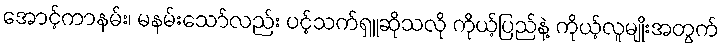
အောင့်ကာနမ်း၊ မနမ်းသော်လည်း ပင့်သက်ရှူဆိုသလို ကိုယ့်ပြည်နဲ့ ကိုယ့်လူမျိုးအတွက်